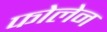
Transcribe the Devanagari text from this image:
फोलेन